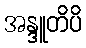
အန္ဒူတိပိ